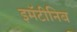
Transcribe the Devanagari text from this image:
इमॅटीनिब